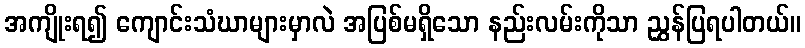
အကျိုးရ၍ ကျောင်းသံဃာများမှာလဲ အပြစ်မရှိသော နည်းလမ်းကိုသာ ညွှန်ပြရပါတယ်။